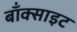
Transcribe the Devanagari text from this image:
बाँक्साइट